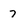
Character: 7